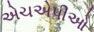
એચએપીઓ